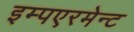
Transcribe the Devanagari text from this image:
इम्पएरमेन्ट